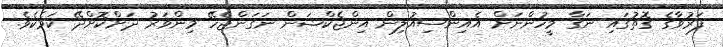
ފަރުވާގެ ގޮތުގައި ނަގާ މީހުންނަށް އެއިންސިއުލިން އިންޖެކްޝަން ނަގަންޖެހޭ މިންވަރު ދަށްކޮށްދޭ ކަމެކެވެ.